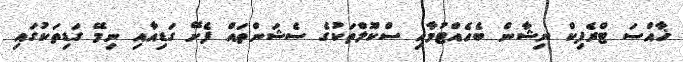
ޚާއްސަ ޓްރެފިކް ނިޝާން ބެހެއްޓުމާއި ސްކޫލްތަކުގެ ސެޝަންތައް ފެށޭ ގަޑިއާއި ނިމޭ ގަޑިތަކުގައި